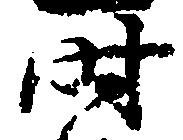
時